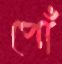
পোঁ